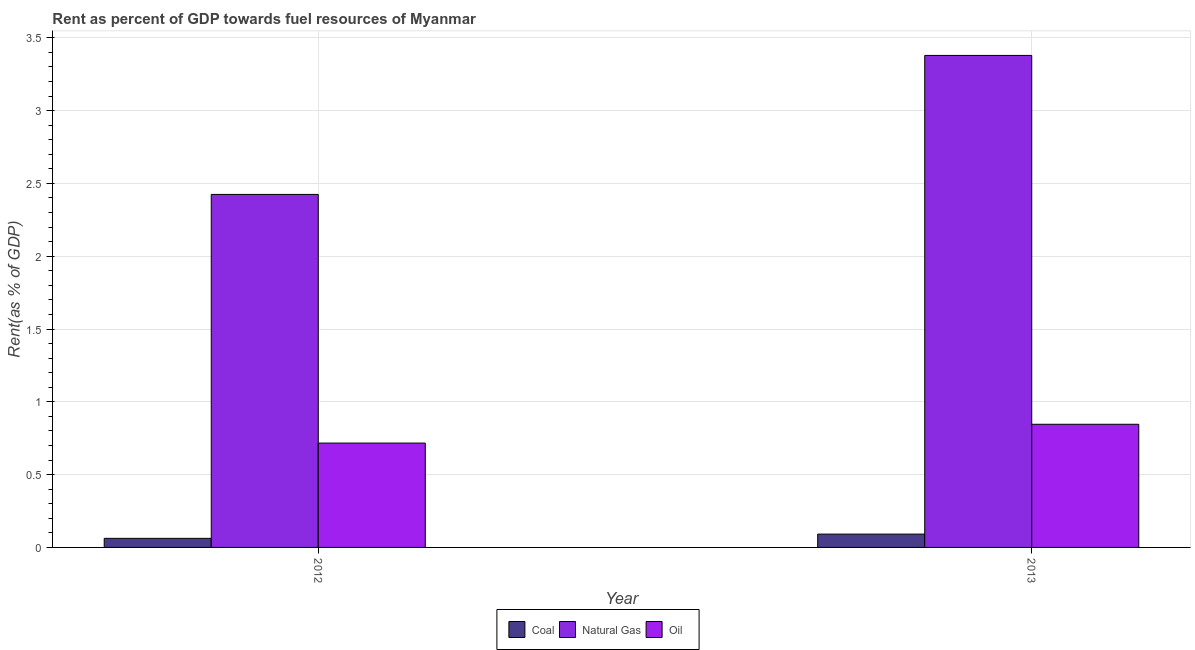
| Year | Coal | Natural Gas | Oil |
 | --- | --- | --- | --- |
 | 2012 | 0.0623 | 2.42 | 0.717 |
 | 2013 | 0.0915 | 3.38 | 0.846 |